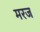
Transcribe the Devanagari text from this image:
मरज